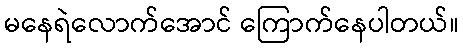
မနေရဲလောက်အောင် ကြောက်နေပါတယ်။